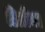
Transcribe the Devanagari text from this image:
डिग्रीचा